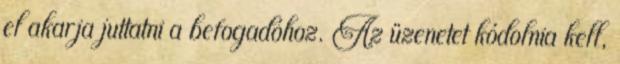
el akarja juttatni a befogadóhoz. Az üzenetet kódolnia kell,